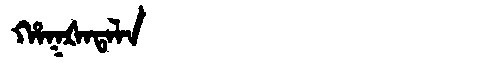
Manchu: ᡥᠠᡴᡧᠠᡨᠠᠯᠠ
Romanization: HAKŠATALA